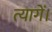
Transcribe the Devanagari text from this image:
त्यागें।